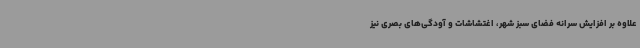
علاوه بر افزایش سرانه فضای سبز شهر، اغتشاشات و آودگی‌های بصری نیز